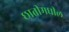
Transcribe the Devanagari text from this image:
छातीमधील